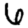
Digit: 6